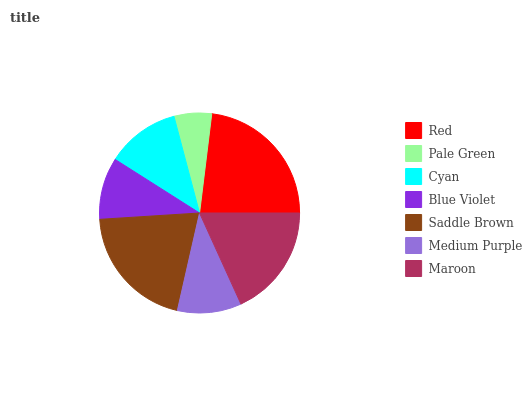
| Red | Pale Green | Cyan | Blue Violet | Saddle Brown | Medium Purple | Maroon |
 | --- | --- | --- | --- | --- | --- | --- |
 | 23.1% | 6.06% | 11.9% | 10% | 20.4% | 10.4% | 18.2% |